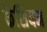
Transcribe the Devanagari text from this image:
केशियन